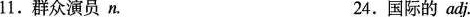
11.群众演员n. 24.国际的adj.